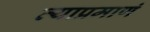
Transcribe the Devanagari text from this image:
त्याप्रमाणं